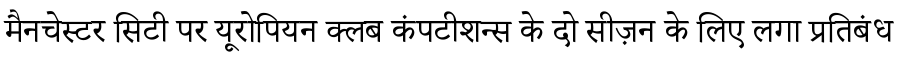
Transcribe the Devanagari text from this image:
मैनचेस्टर सिटी पर यूरोपियन क्लब कंपटीशन्स के दो सीज़न के लिए लगा प्रतिबंध